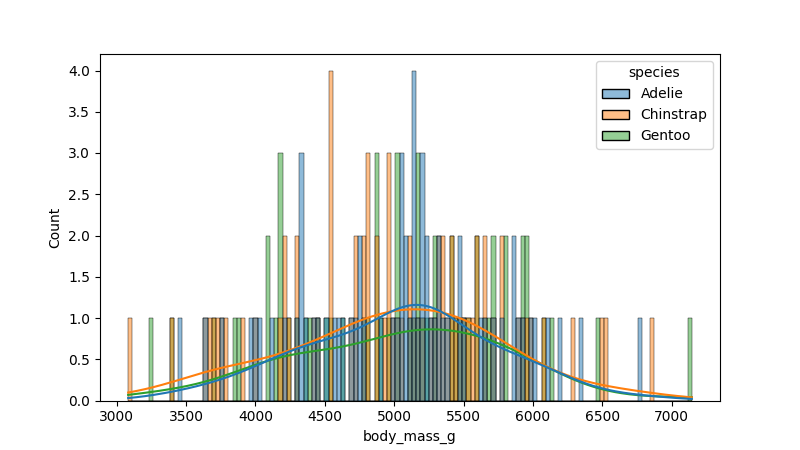
python, seaborn, histplot, hue='species', binwidth=30, bins='auto', element='bars'